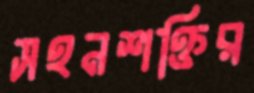
সহনশক্তির